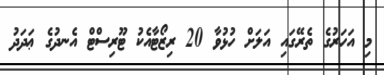
މި އަހަރުގެ ތެރޭގައި އަލަށް ހުޅުވާ 20 ރިޒޯޓާއެކު ޓޫރިސްޓް އެނދުގެ ޢަދަދު